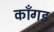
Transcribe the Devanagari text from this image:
काँगड़